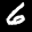
Label: 6